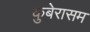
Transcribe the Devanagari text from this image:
कुबेरासम